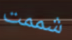
شممت